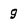
Character: 9